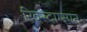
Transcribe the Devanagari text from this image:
रिक्स्दाग्स्मन